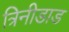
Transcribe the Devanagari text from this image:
त्रिनीडाड